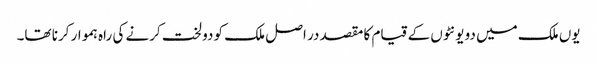
یوں ملک میں دو یونٹوں کے قیام کا مقصد در اصل ملک کو دو لخت کرنے کی راہ ہموار کرنا تھا۔